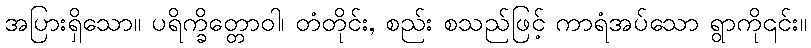
အပြားရှိသော။ ပရိက္ခိတ္တောဝါ၊ တံတိုင်း, စည်း စသည်ဖြင့် ကာရံအပ်သော ရွာကို၎င်း။